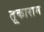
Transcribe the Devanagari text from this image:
तूकाराम